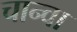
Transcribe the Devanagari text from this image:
चान्वा